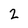
Character: 2